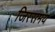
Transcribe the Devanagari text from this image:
जिस्समय